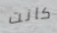
كانت